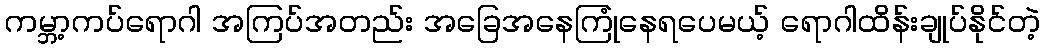
ကမ္ဘာ့ကပ်ရောဂါ အကြပ်အတည်း အခြေအနေကြုံနေရပေမယ့် ရောဂါထိန်းချုပ်နိုင်တဲ့